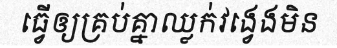
ធ្វើឲ្យគ្រប់គ្នាឈ្លក់វង្វេងមិន